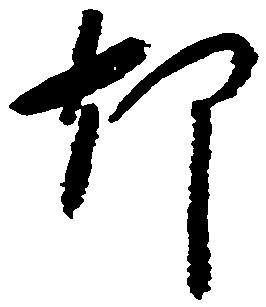
却